Indian journal of veterinary science and animal husbandry - Volume 1,
Year: 1931
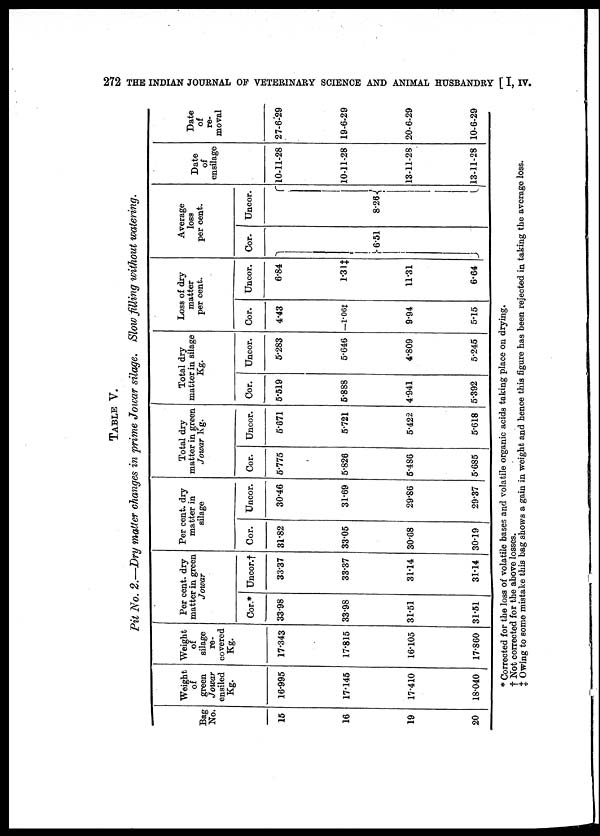
272 THE INDIAN JOURNAL OF VETERINARY SCIENCE AND ANIMAL HUSBANDRY [ I, IV.
TABLE V.
Pit No. 2.—Dry matter changes in prime Jowar silage. Slow filling without watering.
Bag
No.
15
16
19
20
Weight
of
green
Jowar
ensiled
Kg.
16.995
17.145
17.410
18.040
Weight
of
silage
re-
covered
Kg.
17.343
17.815
16.105
17.860
Per cent. dry
matter in green
Jowar
Cor.*
33.98
33.98
31.51
31.51
Uncor.†
33.37
33.37
31.14
31.14
Per cent. dry
matter in
silage
Cor.
31.82
33.05
30.68
30.19
Uncor.
30.46
31.69
29.86
29.37
Total dry
matter in green
Jowar Kg.
Cor.
5.775
5.826
5.486
5.685
Uncor.
5.671
5.721
5.422
5.618
Total dry
matter in silage
Kg.
Cor.
5.519
5.888
4.941
5.392
Uncor.
5.283
5.646
4.809
5.245
Loss of dry
matter
per cent.
Cor.
4.43
—1.06‡
9.94
5.15
Uncor.
6.84
1.31 ‡
11.31
6.64
Average
loss
per cent.
Cor.
}6.51
Uncor.
8.26 {
Date
of
ensilage
10-11-28
10-11-28
13-11-28
13-11-28
Date
of
re-
moval
27-6-29
19-6-29
20-6-29
10-6-29
* Corrected for the loss of volatile bases and volatile organic acids taking place on drying.
† Not corrected for the above losses.
‡ Owing to some mistake this bag shows a gain in weight and hence this figure has been rejected in taking the average loss.